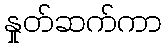
နှုတ်ဆက်ကာ